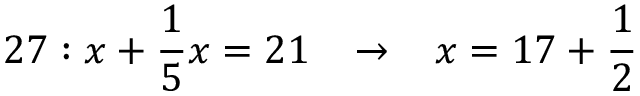
2 7 : x + { \frac { 1 } { 5 } } x = 2 1 \; \; \; \rightarrow \; \; \; x = 1 7 + { \frac { 1 } { 2 } }